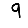
Digit: 9